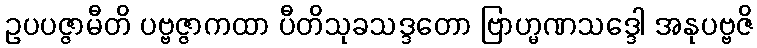
ဥပပဇ္ဇာမီတိ ပဗ္ဗဇ္ဇာကထာ ပီတိသုခသဒ္ဒတော ဗြာဟ္မဏသဒ္ဒေါ အနုပဗ္ဗဇိ